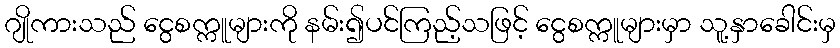
ဂျိုကားသည် ငွေစက္ကူများကို နမ်း၍ပင်ကြည့်သဖြင့် ငွေစက္ကူများမှာ သူ့နှာခေါင်းမှ